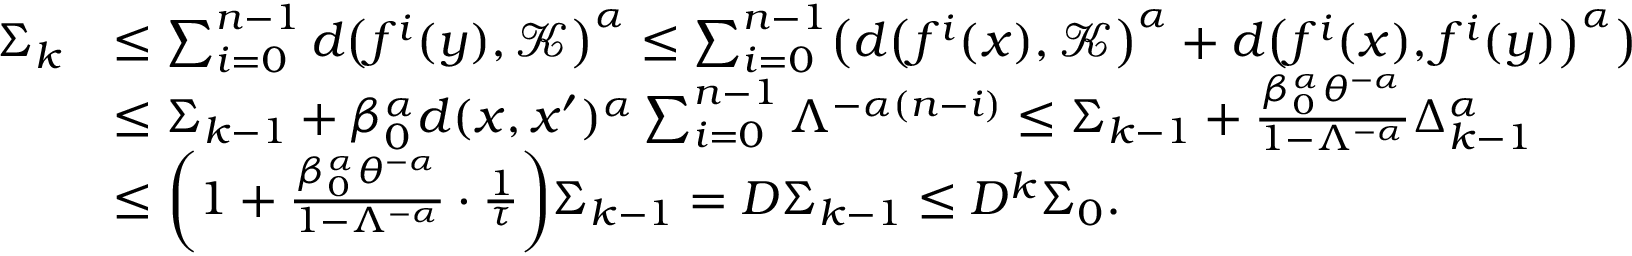
\begin{array} { r l } { \Sigma _ { k } } & { \leq \sum _ { i = 0 } ^ { n - 1 } d \bigl ( f ^ { i } ( y ) , \mathcal { K } \bigr ) ^ { \alpha } \leq \sum _ { i = 0 } ^ { n - 1 } \bigl ( d \bigl ( f ^ { i } ( x ) , \mathcal { K } \bigr ) ^ { \alpha } + d \bigl ( f ^ { i } ( x ) , f ^ { i } ( y ) \bigr ) ^ { \alpha } \bigr ) } \\ & { \leq \Sigma _ { k - 1 } + \beta _ { 0 } ^ { \alpha } d ( x , x ^ { \prime } ) ^ { \alpha } \sum _ { i = 0 } ^ { n - 1 } \Lambda ^ { - \alpha ( n - i ) } \leq \Sigma _ { k - 1 } + \frac { \beta _ { 0 } ^ { \alpha } \theta ^ { - \alpha } } { 1 - \Lambda ^ { - \alpha } } \Delta _ { k - 1 } ^ { \alpha } } \\ & { \leq \biggl ( 1 + \frac { \beta _ { 0 } ^ { \alpha } \theta ^ { - \alpha } } { 1 - \Lambda ^ { - \alpha } } \cdot \frac { 1 } { \tau } \biggr ) \Sigma _ { k - 1 } = D \Sigma _ { k - 1 } \leq D ^ { k } \Sigma _ { 0 } . } \end{array}